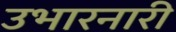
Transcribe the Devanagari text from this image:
उभारनारी